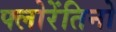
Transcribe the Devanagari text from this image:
फ्लोरेंतिनो